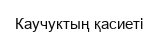
Каучуктың қасиеті